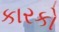
કારકો